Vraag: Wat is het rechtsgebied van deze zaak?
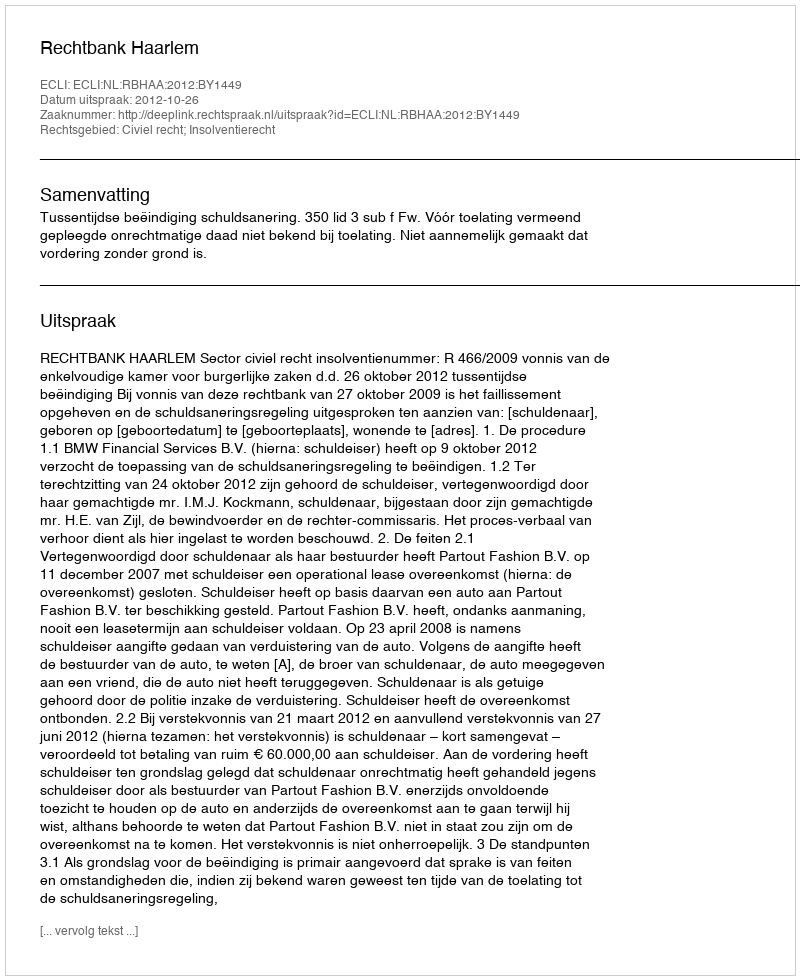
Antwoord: Civiel recht; Insolventierecht